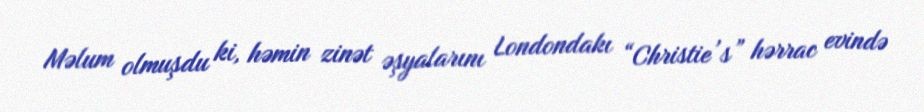
Məlum olmuşdu ki, həmin zinət əşyalarını Londondakı “Christie’s” hərrac evində